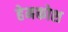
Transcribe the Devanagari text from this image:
हेमकोश